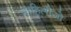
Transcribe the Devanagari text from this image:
माहिलीजो